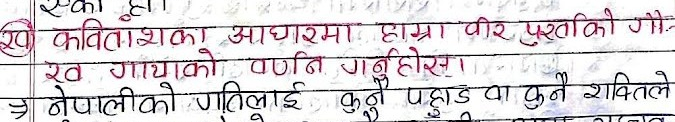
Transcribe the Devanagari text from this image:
एकको हो।
२० कविताका आधारमा हाम्रा वीर पुर्खाकी गौरव गाथाको वर्णन गर्नुहोस्।
⇔ नेपालीको गतिलाई कुन पहाड वा कुन शक्तिले